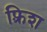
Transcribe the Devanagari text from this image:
फ़्रिश